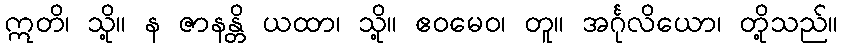
ဣတိ၊ သို့။ န ဇာနန္တိ ယထာ၊ သို့။ ဧဝမေဝ၊ တူ။ အင်္ဂုလိယော၊ တို့သည်။